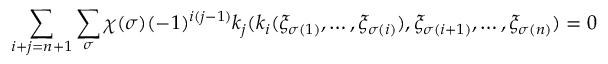
\sum _ { i + j = n + 1 } \sum _ { \sigma } \chi ( \sigma ) ( - 1 ) ^ { i ( j - 1 ) } k _ { j } ( k _ { i } ( \xi _ { \sigma ( 1 ) } , \dots , \xi _ { \sigma ( i ) } ) , \xi _ { \sigma ( i + 1 ) } , \dots , \xi _ { \sigma ( n ) } ) = 0